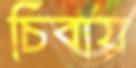
চিবায়